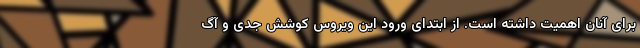
برای آنان اهمیت داشته است. از ابتدای ورود این ویروس کوشش جدی و آگ